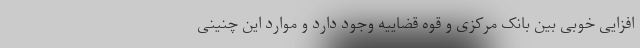
افزایی خوبی بین بانک مرکزی و قوه قضاییه وجود دارد و موارد این چنینی